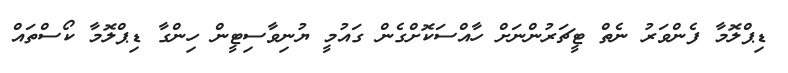
ޑިޕްލޮމާ ފެންވަރު ނެތް ޓީޗަރުންނަށް ހާއްސަކޮށްގެން ގައުމީ ޔުނިވާސިޓީން ހިންގާ ޑިޕްލޮމާ ކޯސްތައް